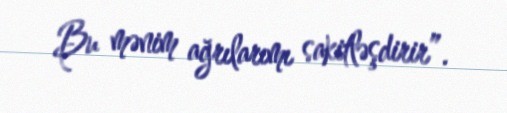
Bu mənim ağrılarımı sakitləşdirir”.